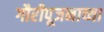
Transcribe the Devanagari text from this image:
गौरीपूजनाच्या